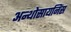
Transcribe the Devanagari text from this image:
अन्थोसायनिंस